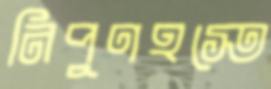
নিপুণহস্তে